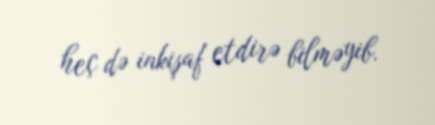
heç də inkişaf etdirə bilməyib.